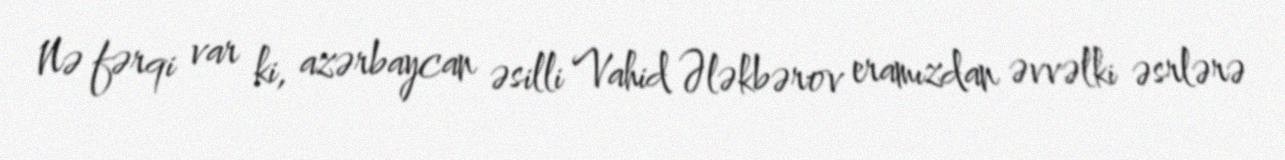
Nə fərqi var ki, azərbaycan əsilli Vahid Ələkbərov eramızdan əvvəlki əsrlərə